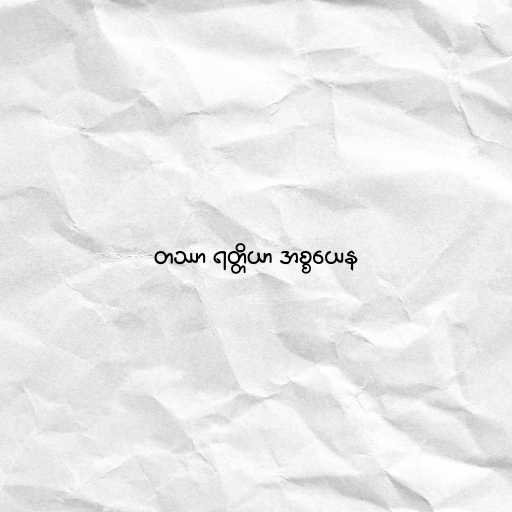
တဿာ ရတ္တိယာ အစ္စယေန